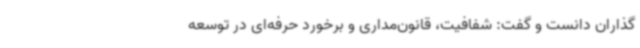
‌گذاران دانست و گفت: شفافیت، قانون‌مداری و برخورد حرفه‌ای در توسعه